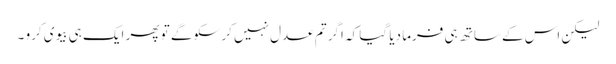
لیکن اس کے ساتھ ہی فرما دیا گیا کہ اگر تم عدل نہیں کر سکو گے تو پھر ایک ہی بیوی کرو ۔